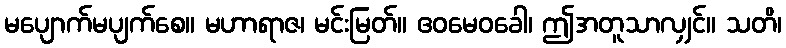
မပျောက်မပျက်စေ။ မဟာရာဇ၊ မင်းမြတ်။ ဧဝမေဝခေါ၊ ဤအတူသာလျှင်။ သတိ၊